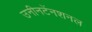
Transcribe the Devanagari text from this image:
उनीनटेंनशनल